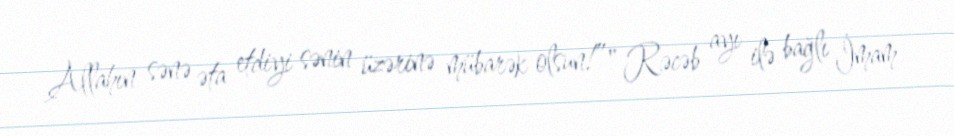
Allahın sənə əta etdiyi sənin üzərinə mübarək olsun!”" Rəcəb ayı ilə bağlı İmam